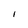
Character: l